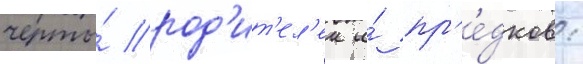
черты́ род'ит'ел'еи и́ пр'е́дков: